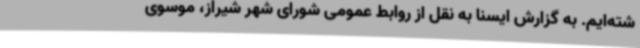
شته‌ایم. به گزارش ایسنا به نقل از روابط عمومی شورای شهر شیراز، موسوی